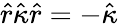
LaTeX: \hat{r}\hat{\kappa}\hat{r}=-\hat{\kappa}